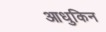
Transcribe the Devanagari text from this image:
आधुकिन